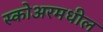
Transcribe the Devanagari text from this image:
स्कोअरमधील